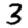
Digit: 3